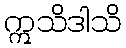
ဣသိဒါသိ